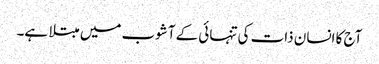
آج کا انسان ذات کی تنہائی کے آشوب میں مبتلا ہے۔